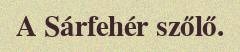
A Sárfehér szőlő.